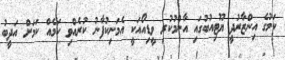
ކަމުގެ އިންޒާރުދީ ޔޫޓިއުބުގައި އާންމުކުރި ވީޑިއޯއަކީ އެމަނިކުފާނު ކުރެއްވި ކަމެއް ކަމަށް އަދީބު